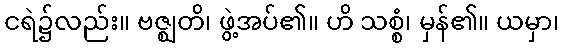
ငရဲ၌လည်း။ ဗဇ္ဈတိ၊ ဖွဲ့အပ်၏။ ဟိ သစ္စံ၊ မှန်၏။ ယမှာ၊